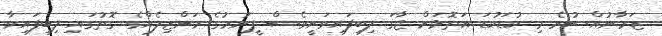
ޒަމާނުއްސުރެ މި ކުޑަކުޑަ އަތޮޅަށް ޖާގަ ލިބިފައިވަނީވެސް ފީނުމުގެ މަންޒިލެއްގެ ގޮތުގައި ލިބިފައިވާ